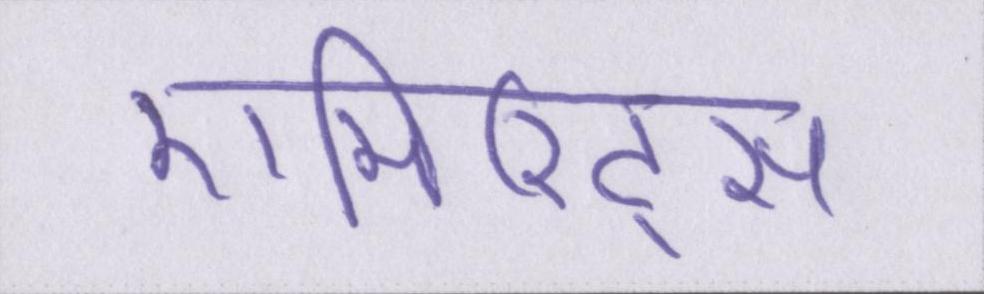
एमिरिट्स